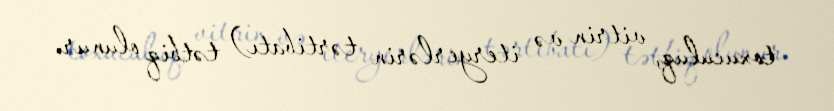
toxuculuq, vitrin və iteryerlərin tərtibatı) tətbiq olunur.